Indian journal of veterinary science and animal husbandry - Volumes 24-25, 1954-1955
Year: 1954
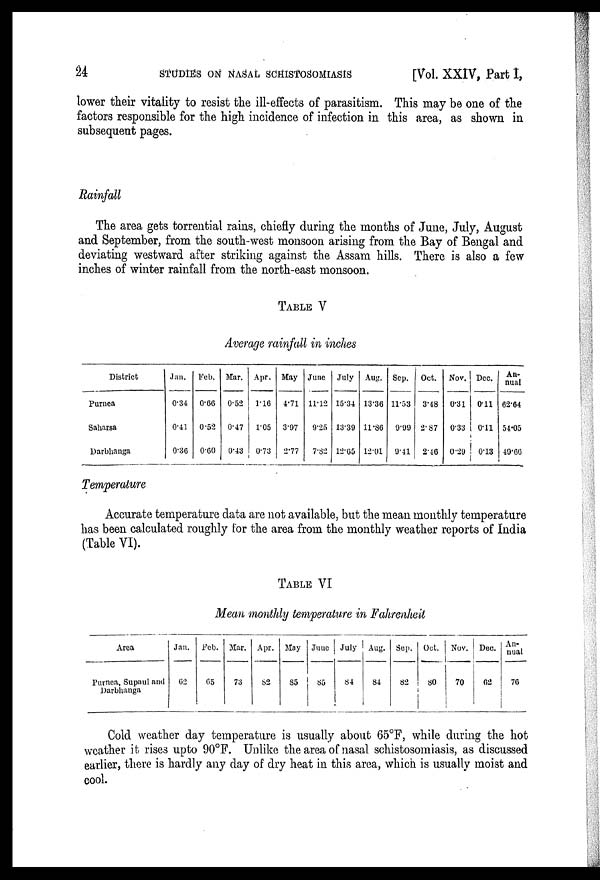
24
STUDIES ON NASAL SCHISTOSOMIASIS
[Vol. XXIV, Part I,
lower their vitality to resist the ill-effects of parasitism. This may be one of the
factors responsible for the high incidence of infection in this area, as shown in
subsequent pages.
Rainfall
The area gets torrential rains, chiefly during the months of June, July, August
and September, from the south-west monsoon arising from the Bay of Bengal and
deviating westward after striking against the Assam hills. There is also a few
inches of winter rainfall from the north-east monsoon.
TABLE V
Average rainfall in inches
District
Purnea
Saharsa
Darbhanga
Jan.
0.34
0.41
0.36
Feb.
0.66
0.52
0.60
Mar.
0.52
0.47
0.43
Apr.
1.16
1.05
0.73
May
4.71
3.97
2.77
June
11.12
9.25
7.82
July
15.34
13.39
12.65
Aug.
13.36
11.86
12.01
Sep.
11.53
9.99
9.41
Oct.
3.48
2.87
2.46
Nov.
0.31
0.33
0.29
Dec.
0.11
0.11
0.13
An-
nual
62.64
54.05
49.66
Temperature
Accurate temperature data are not available, but the mean monthly temperature
has been calculated roughly for the area from the monthly weather reports of India
(Table VI).
TABLE VI
Mean monthly temperature in Fahrenheit
Area
Purnea, Supaul and
Darbhanga
Jan.
62
Feb.
65
Mar.
73
Apr.
82
May.
85
June.
85
July.
84
Aug.
84
Sep.
82
Oct.
80
Nov.
70
Dec.
62
An-
nual
76
Cold weather day temperature is usually about 65ºF, while during the hot
weather it rises upto 90ºF. Unlike the area of nasal schistosomiasis, as discussed
earlier, there is hardly any day of dry heat in this area, which is usually moist and
cool.